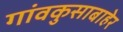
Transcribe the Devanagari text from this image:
गांवकुसाबाहेर